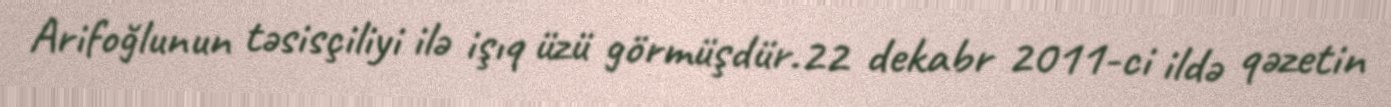
Arifoğlunun təsisçiliyi ilə işıq üzü görmüşdür.22 dekabr 2011-ci ildə qəzetin